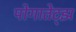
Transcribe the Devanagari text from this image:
पोगातेट्झ